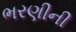
ભરણીની